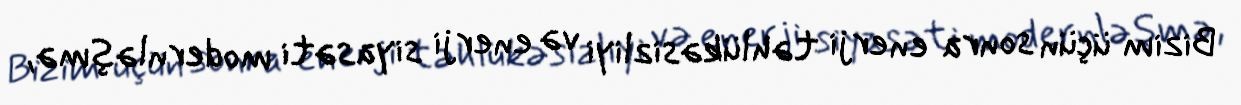
Bizim üçün sonra enerji təhlükəsizliyi və enerji siyasəti modernləşmə,